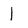
Character: 1